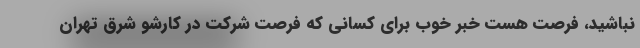
نباشید، فرصت هست خبر خوب برای کسانی که فرصت شرکت در کارشو شرق تهران